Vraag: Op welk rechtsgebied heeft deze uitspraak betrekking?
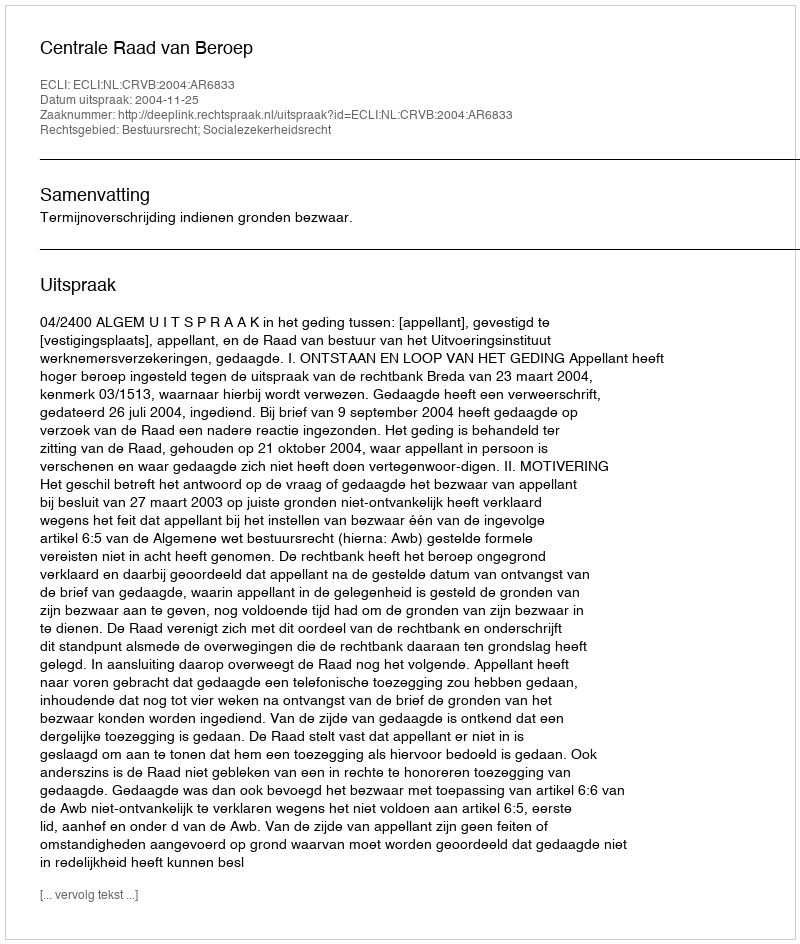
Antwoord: Bestuursrecht; Socialezekerheidsrecht